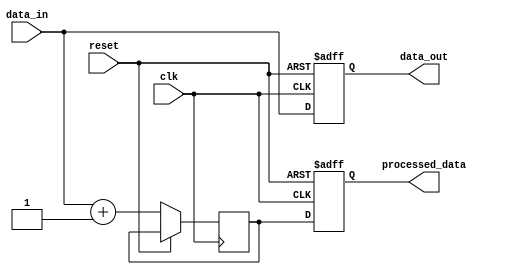
module behavioral_modeling_example (
    input wire clk,
    input wire reset,
    input wire [7:0] data_in,
    output reg [7:0] data_out,
    output reg [7:0] processed_data
);

// Internal registers
reg [7:0] temp_data;
reg [7:0] intermediate_result;

// Task to process data
task process_data;
    input [7:0] input_data;
    begin
        // Simulate some processing (e.g., incrementing the input data)
        intermediate_result = input_data + 1;
        // Assign the result to temp_data using non-blocking assignment
        temp_data <= intermediate_result;
    end
endtask

// Continuous assignment using non-blocking assignment
always @(posedge clk or posedge reset) begin
    if (reset) begin
        data_out <= 8'b0;
        processed_data <= 8'b0;
    end else begin
        // Call the task to process data
        process_data(data_in);
        // Update output registers using non-blocking assignment
        data_out <= data_in;
        processed_data <= temp_data;
    end
end

endmodule